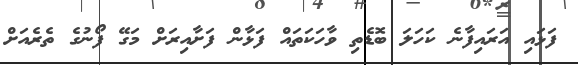
ފަޅައި އަރައިފާނެ ކަހަލަ ބޮޑެތި ވާހަކަތައް ފަޅާން ފަށާއިރަށް މަގޭ ފޯނުގެ ތެރެއަށް